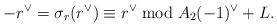
LaTeX: \begin{align*}-r^\vee = \sigma_r(r^\vee) \equiv r^\vee \bmod A_2(-1)^{\vee} + L.\end{align*}